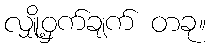
လျှို့ဝှက်ချက် တခု။